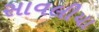
સાવલીયા